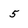
Character: 5